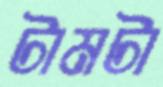
টামটা